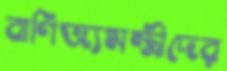
বাণিজ্যমন্ত্রীদের